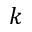
k